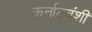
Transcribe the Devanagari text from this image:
कर्नाटवंशी